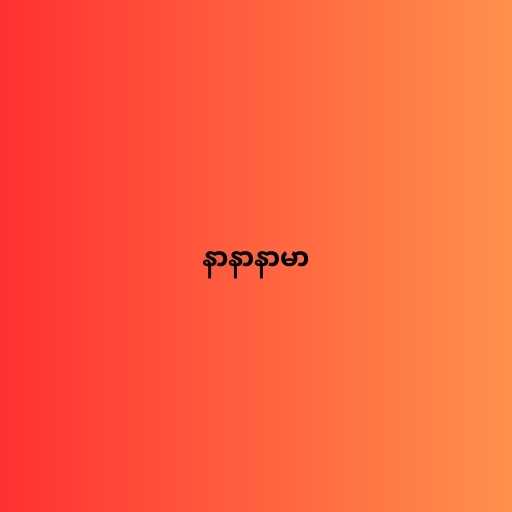
နာနာနာမာ